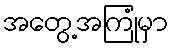
အတွေ့အကြုံမှာ